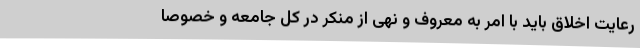
رعایت اخلاق باید با امر به معروف و نهی از منکر در کل جامعه و خصوصا